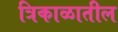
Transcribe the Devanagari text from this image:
त्रिकाळातील